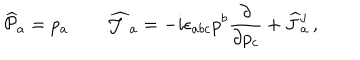
{ \widehat { \cal P } } { } _ { a } = p _ { a } \qquad { \widehat { \cal J } } { } _ { a } = - i \epsilon _ { a b c } p ^ { b } \frac { \partial } { \partial p _ { c } } + { \widehat J } { } _ { a } ^ { j } \, ,